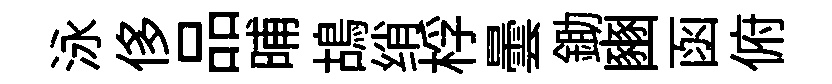
泳侈品晡鴣绡桴曇鋤豳函俯